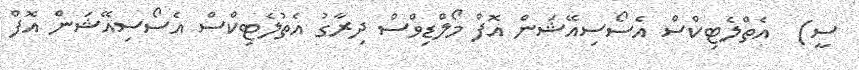
ސީ)  އެތްލެޓިކްސް އެސޯސިއޭޝަން އޮފް މޯލްޑިވްސް ދިރާގު އެތުލެޓިކްސް އެސޯސިއޭޝަން އޮފް